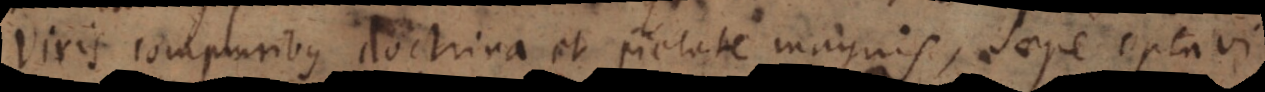
Viris compluribus doctrina et pietate magnis, saepe optavi